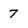
Character: 7